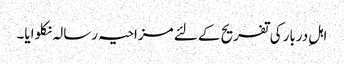
اہلِ دربار کی تفریح کے لئے مزاحیہ رسالہ نکلوایا۔